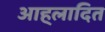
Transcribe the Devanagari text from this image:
आह्‌लादित